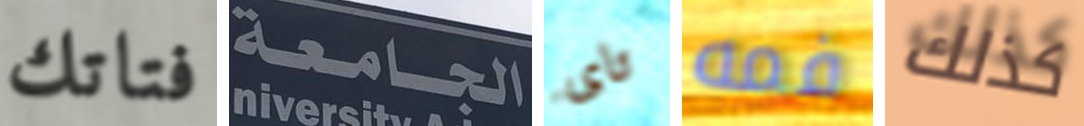
فتاتك الجامعة تاى فمه كذلك